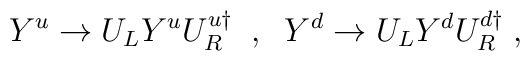
Y^u \rightarrow U_L Y^u U_R^{u \dagger} \;\;,\;\; Y^d \rightarrow U_L Y^d U_R^{d \dagger}\;,